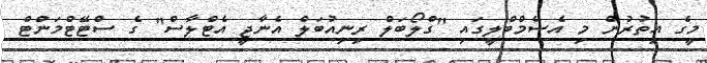
މީގެ އިތުރުން މި އެސެމްބްލީގައި "ގްލޯބަލް ރިނިއުބަލް އެނާޖީ އެޓްލާސް" ގެ ސްޓޭޓްމަންޓް